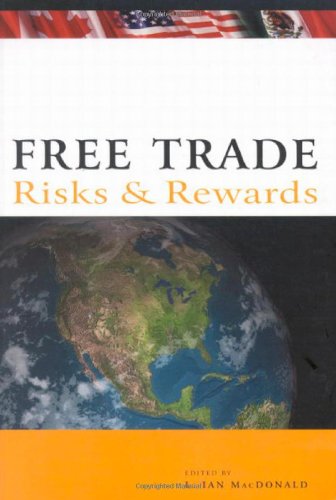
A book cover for Free Trade: Risks and Rewards; Law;